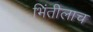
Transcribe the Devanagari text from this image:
भिंतीलाच